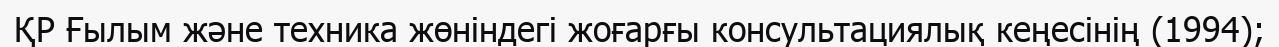
ҚР Ғылым және техника жөніндегі жоғарғы консультациялық кеңесінің (1994);